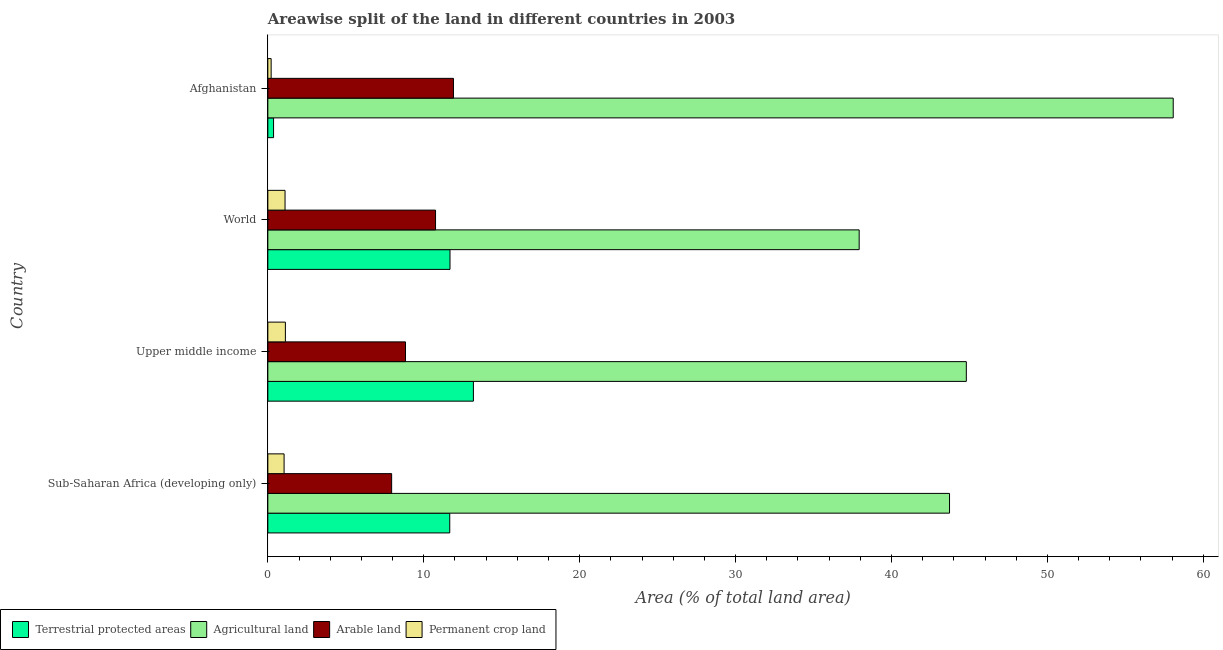
| Country | Terrestrial protected areas | Agricultural land | Arable land | Permanent crop land |
 | --- | --- | --- | --- | --- |
 | Sub-Saharan Africa (developing only) | 11.7 | 43.7 | 7.94 | 1.04 |
 | Upper middle income | 13.2 | 44.8 | 8.83 | 1.13 |
 | World | 11.7 | 37.9 | 10.8 | 1.1 |
 | Afghanistan | 0.367 | 58.1 | 11.9 | 0.211 |